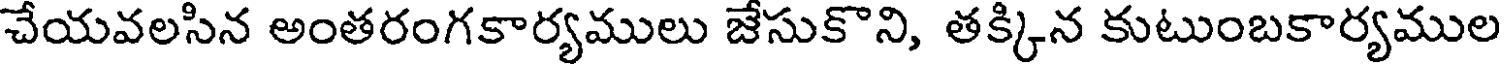
చేయవలసిన అంతరంగకార్యములు జేసుకొని, తక్కిన కుటుంబకార్యముల